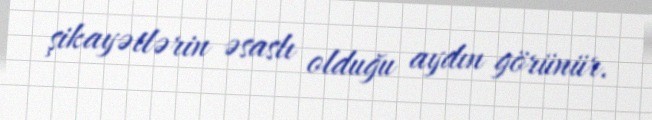
şikayətlərin əsaslı olduğu aydın görünür.